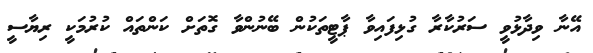
އޭނާ ވިދާޅުވީ ސަރުކާރާ ގުޅިފައިވާ ޕާޓީތަކުން ބޭނުންވާ ގޮތަށް ކަންތައް ކުރުމަކީ ރިޔާސީ